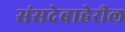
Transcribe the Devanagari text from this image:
संसदेबाहेरील